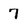
Character: 7